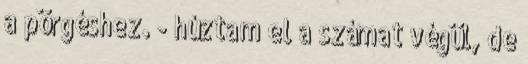
a pörgéshez. - húztam el a számat végül, de